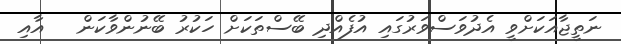
ނަތީޖާއަކަށްވީ އެދުވަސްވަރުގައި އުފެއްދި ބޭސްތަކަށް ހަކުރު ބޭނުންވާކަން   އާއި